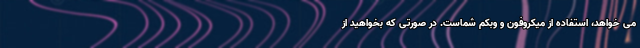
می خواهد، استفاده از میکروفون و وبکم شماست. در صورتی که بخواهید از